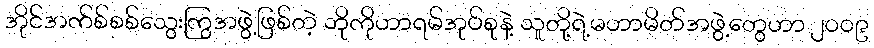
အိုင်အက်စ်စစ်သွေးကြွအဖွဲ့ဖြစ်တဲ့ ဘိုကိုဟာရမ်အုပ်စုနဲ့ သူတို့ရဲ့မဟာမိတ်အဖွဲ့တွေဟာ ၂၀၀၉